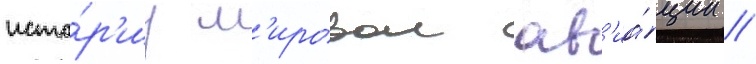
исто́р'иу м'ировои ав'иа́ции //